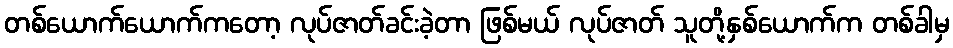
တစ်ယောက်ယောက်ကတော့ လုပ်ဇာတ်ခင်းခဲ့တာ ဖြစ်မယ် လုပ်ဇာတ် သူတို့နှစ်ယောက်က တစ်ခါမှ